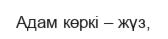
Адам көркі – жүз,